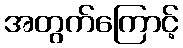
အတွက်ကြောင့်